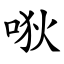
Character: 唙